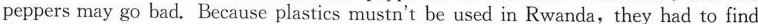
peppers may go bad. Because plastics mustn't be used in Rwanda,they had to find